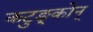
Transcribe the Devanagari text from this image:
कटुङ्कोन्